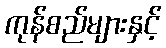
ကုန်စည်များနှင့်